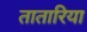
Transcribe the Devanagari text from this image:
तातारिया